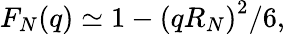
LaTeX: F_{N}(q)\simeq 1-\left(qR_{N}\right)^{2}/6,